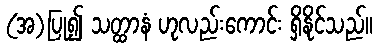
(အ)ပြု၍ သတ္ထာနံ ဟုလည်းကောင်း ရှိနိုင်သည်။